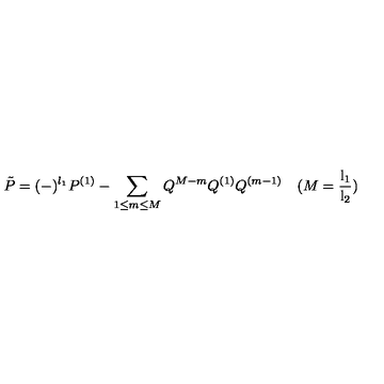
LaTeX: \tilde { P } = ( - ) ^ { l _ { 1 } } P ^ { ( 1 ) } - \sum _ { 1 \leq m \leq M } Q ^ { M - m } Q ^ { ( 1 ) } Q ^ { ( m - 1 ) } \quad ( M = \mathrm { \frac { l _ { 1 } } { l _ { 2 } } } )